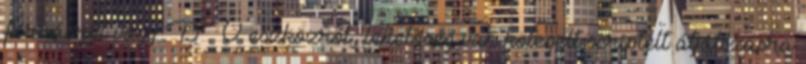
forrásról vagy DV eszközrõl, lehetõség van kötegelt scriptelt átjátszásra